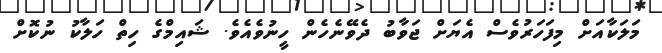
މަލަކާއަށް މިފަހަރުވެސް އެޔަށް ޖަވާބު ދެވޭނެހެން ހީނުވެއެވެ. ޝައިމްގެ ހިތް ހަލާކު ނުކޮށް